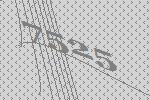
7525